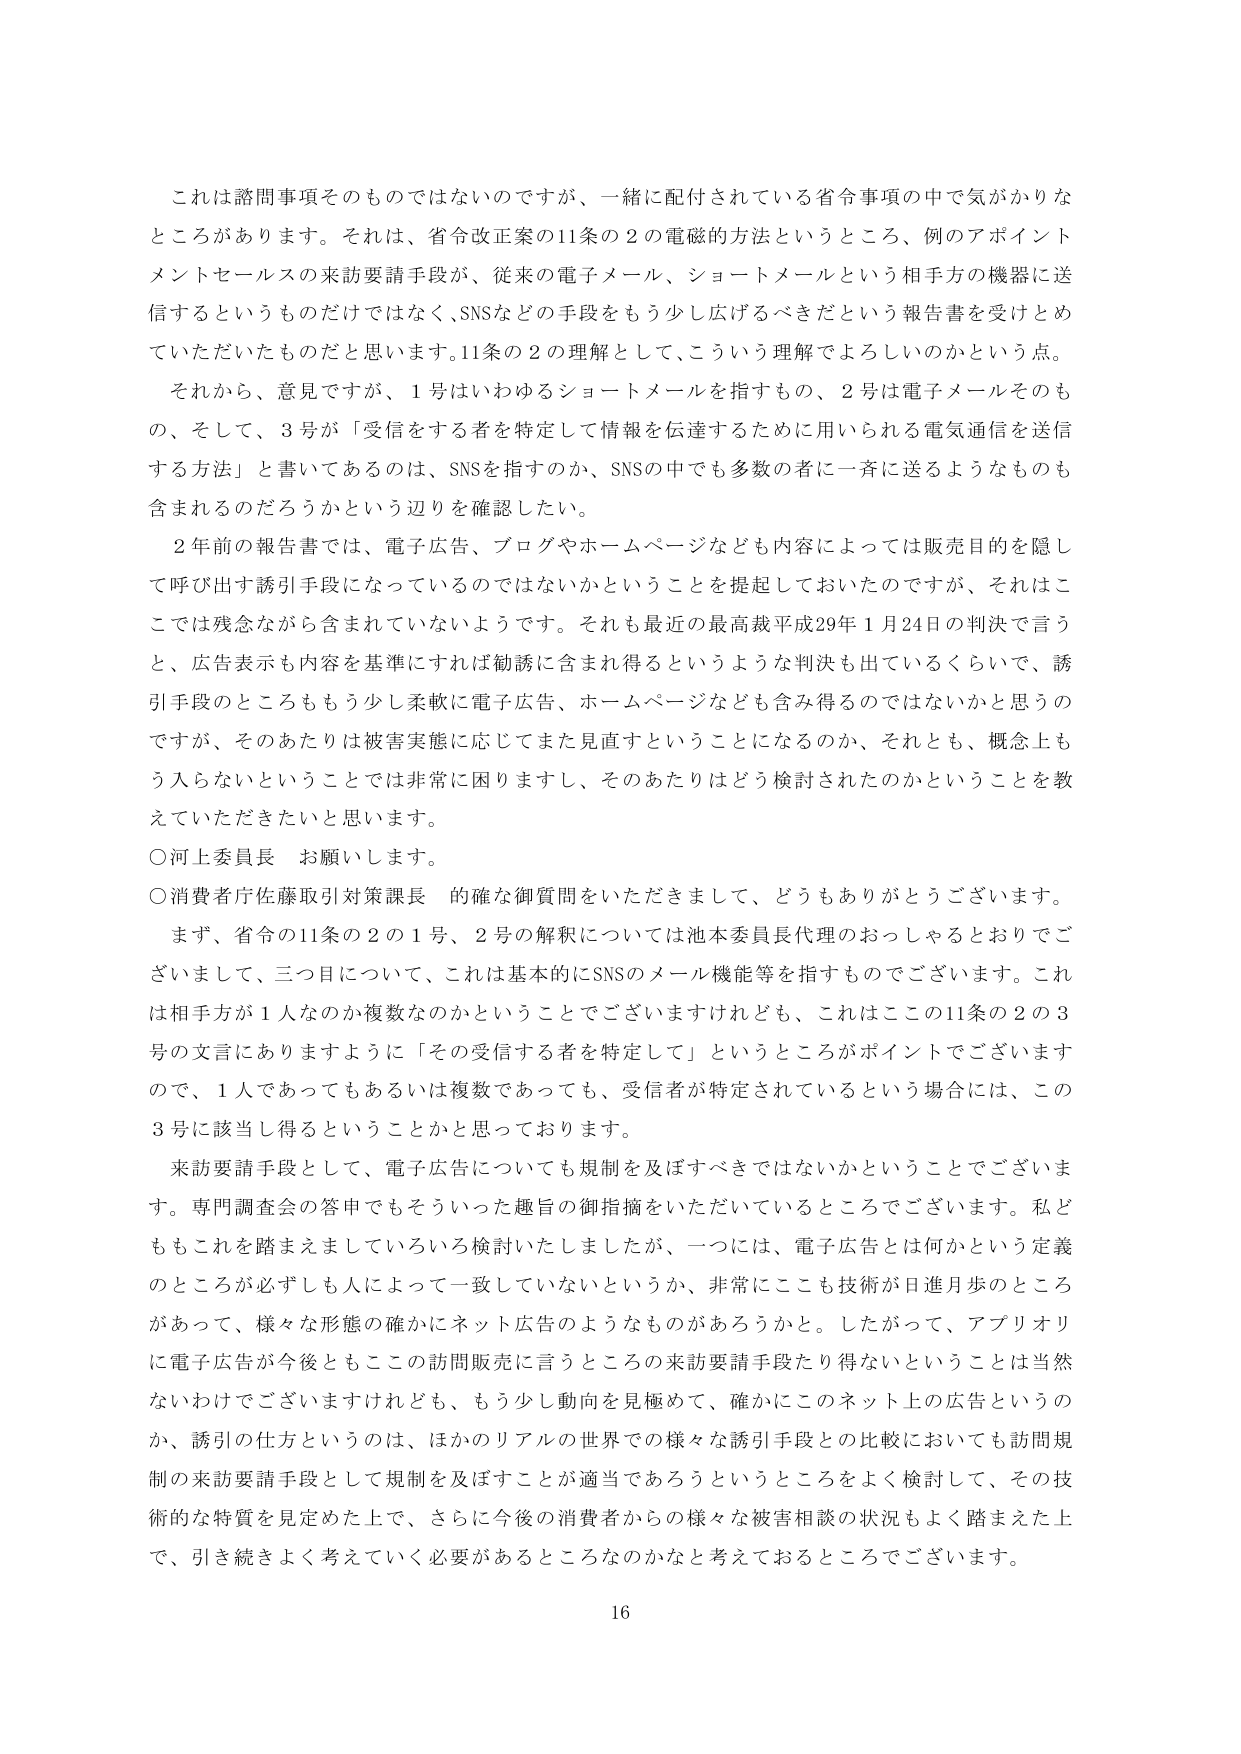
これは諮問事項そのものではないのですが、一緒に配付されている省令事項の中で気がかりなところがあります。それは、省令改正案の11条の2の電磁的方法というところ、例のアポイントメントセールスの来訪要請手段が、従来の電子メール、ショートメールという相手方の機器に送信するというものだけではなく、SNSなどの手段をもう少し広げるべきだという報告書を受けとめていただいたものだと思います。11条の2の理解として、こういう理解でよろしいのかという点。

それから、意見ですが、1号はいわゆるショートメールを指すもの、2号は電子メールそのもの、そして、3号が「受信をする者を特定して情報を伝達するために用いられる電気通信を送信する方法」と書いてあるのは、SNSを指すのか、SNSの中でも多数の者に一斉に送るようなものも含まれるのだろうかという辺りを確認したい。

2年前の報告書では、電子広告、ブログやホームページなども内容によっては販売目的を隠して呼び出す誘引手段になっているのではないかということを提起しておいたのですが、それはここでは残念ながら含まれていないようです。それも最近の最高裁平成29年1月24日の判決で言うと、広告表示も内容を基準にすれば勧誘に含まれ得るというような判決も出ているくらいで、誘引手段のところももう少し柔軟に電子広告、ホームページなども含み得るのではないかと思うのですが、そのあたりは被害実態に応じてまた見直すということになるのか、それとも、概念上もう入らないということでは非常に困りますし、そのあたりはどう検討されたのかということを教えていただきたいと思います。

○河上委員長 お願いします。

○消費者庁佐藤取引対策課長 的確な御質問をいただきまして、どうもありがとうございます。

まず、省令の11条の2の1号、2号の解釈については池本委員長代理のおっしゃるとおりでございますし、三つ目について、これは基本的にSNSのメール機能等を指すものでございます。これは相手方が1人なのか複数なのかということでございますけれども、これはここ11条の2の3号の文言にありますように「その受信する者を特定して」というところがポイントでございますので、1人であってもあるいは複数であっても、受信者が特定されているという場合には、この3号に該当し得るということかと思っております。

来訪要請手段として、電子広告についても規制を及ぼすべきではないかということでございます。専門調査会の答申でもそういった趣旨の御指摘をいただいているところでございます。私どももこれを踏まえましていろいろ検討いたしましたが、一つには、電子広告とは何かという定義のところが必ずしも人によって一致していないというか、非常にここも技術が日進月歩のところがあって、様々な形態の確かにネット広告のようなものがあろうかと。したがって、アプリオリに電子広告が今後ともここ訪問販売に言うところの来訪要請手段たり得ないということは当然ないわけでございますけれども、もう少し動向を見極めて、確かにこのネット上の広告というのか、誘引の仕方というのは、ほかのリアルの世界での様々な誘引手段との比較においても訪問規制の来訪要請手段として規制を及ぼすことが適当であろうというところをよく検討して、その技術的な性質を見定めた上で、さらに今後の消費者からの様々な被害相談の状況もよく踏まえた上で、引き続きよく考えていく必要があるところなのかなと考えております。

16